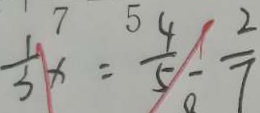
\frac { 1 } { 3 } x = \frac { 4 } { 5 } - \frac { 2 } { 7 }